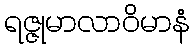
ရဇ္ဇုမာလာဝိမာနံ